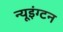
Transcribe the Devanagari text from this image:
न्यूइंग्टन